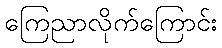
ကြေညာလိုက်ကြောင်း